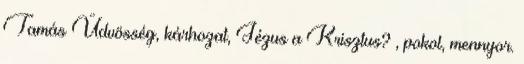
Tamás Üdvösség, kárhozat, Jézus a Krisztus? , pokol, mennyor.